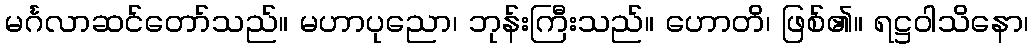
မင်္ဂလာဆင်တော်သည်။ မဟာပုညော၊ ဘုန်းကြီးသည်။ ဟောတိ၊ ဖြစ်၏။ ရဋ္ဌဝါသိနော၊